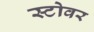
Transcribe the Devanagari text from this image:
स्टोवर